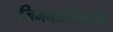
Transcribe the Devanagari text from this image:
जिमनास्टिकटीम